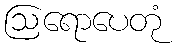
ဩရောပေတုံ